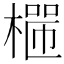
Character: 𣙐